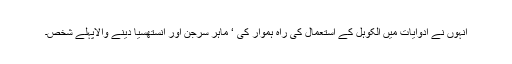
انہوں نے ادوایات میں الکوہل کے استعمال کی راہ ہموار کی ‘ ماہر سرجن اور انستھسیا دینے والاپہلے شخص۔